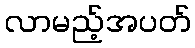
လာမည့်အပတ်